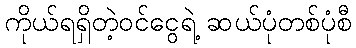
ကိုယ်ရရှိတဲ့ဝင်ငွေရဲ့ ဆယ်ပုံတစ်ပုံစီ